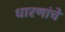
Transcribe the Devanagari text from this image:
धारणांचे